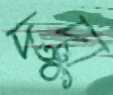
দুদা